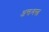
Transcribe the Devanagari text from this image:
अन्तःवस्त्र